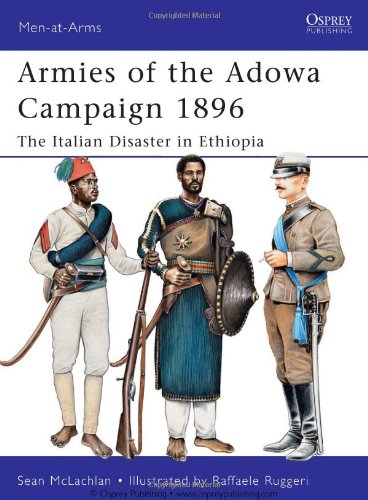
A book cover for Armies of the Adowa Campaign 1896: The Italian Disaster in Ethiopia (Men-at-Arms); Sean McLachlan; History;